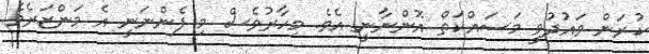
ކުރަން ވައުދުވީ މަސައްކަތް އޮންނާނީ އެވެ. މިހާރުވެސް މި ފެންނަނީ އެ މަންޒަރެވެ.